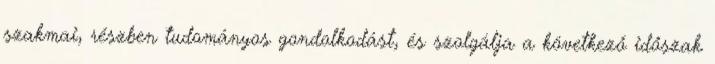
szakmai, részben tudományos gondolkodást, és szolgálja a következő időszak